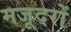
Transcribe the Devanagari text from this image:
मजूदरों